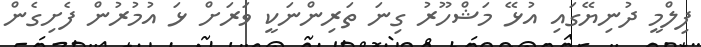
ފިލްމީ ދުނިޔޭގައި އުޅޭ މަޝްހޫރު ގިނަ ތަރިންނަކީ ވަރަށް ޅަ އުމުރުން ފެށިގެން